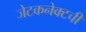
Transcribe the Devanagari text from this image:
जेटकनेक्टची